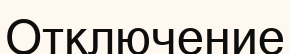
Отключение